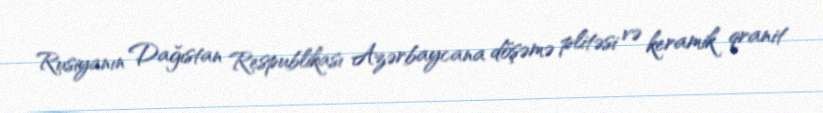
Rusiyanın Dağıstan Respublikası Azərbaycana döşəmə plitəsi və keramik qranit